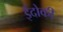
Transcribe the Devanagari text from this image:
ईदोकी